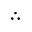
\therefore